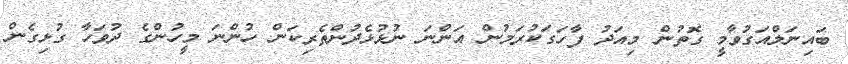
ބައިނަލްއަގުވާމީ ގޮތުން މިއަދު ފާހަގަކުރަމުން އަންނަ ނުޅުޅެދުންތެރިކަން ހުންނަ މީހުންގެ ދުވަހާ ގުޅިގެން